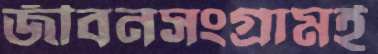
জীবনসংগ্রামই